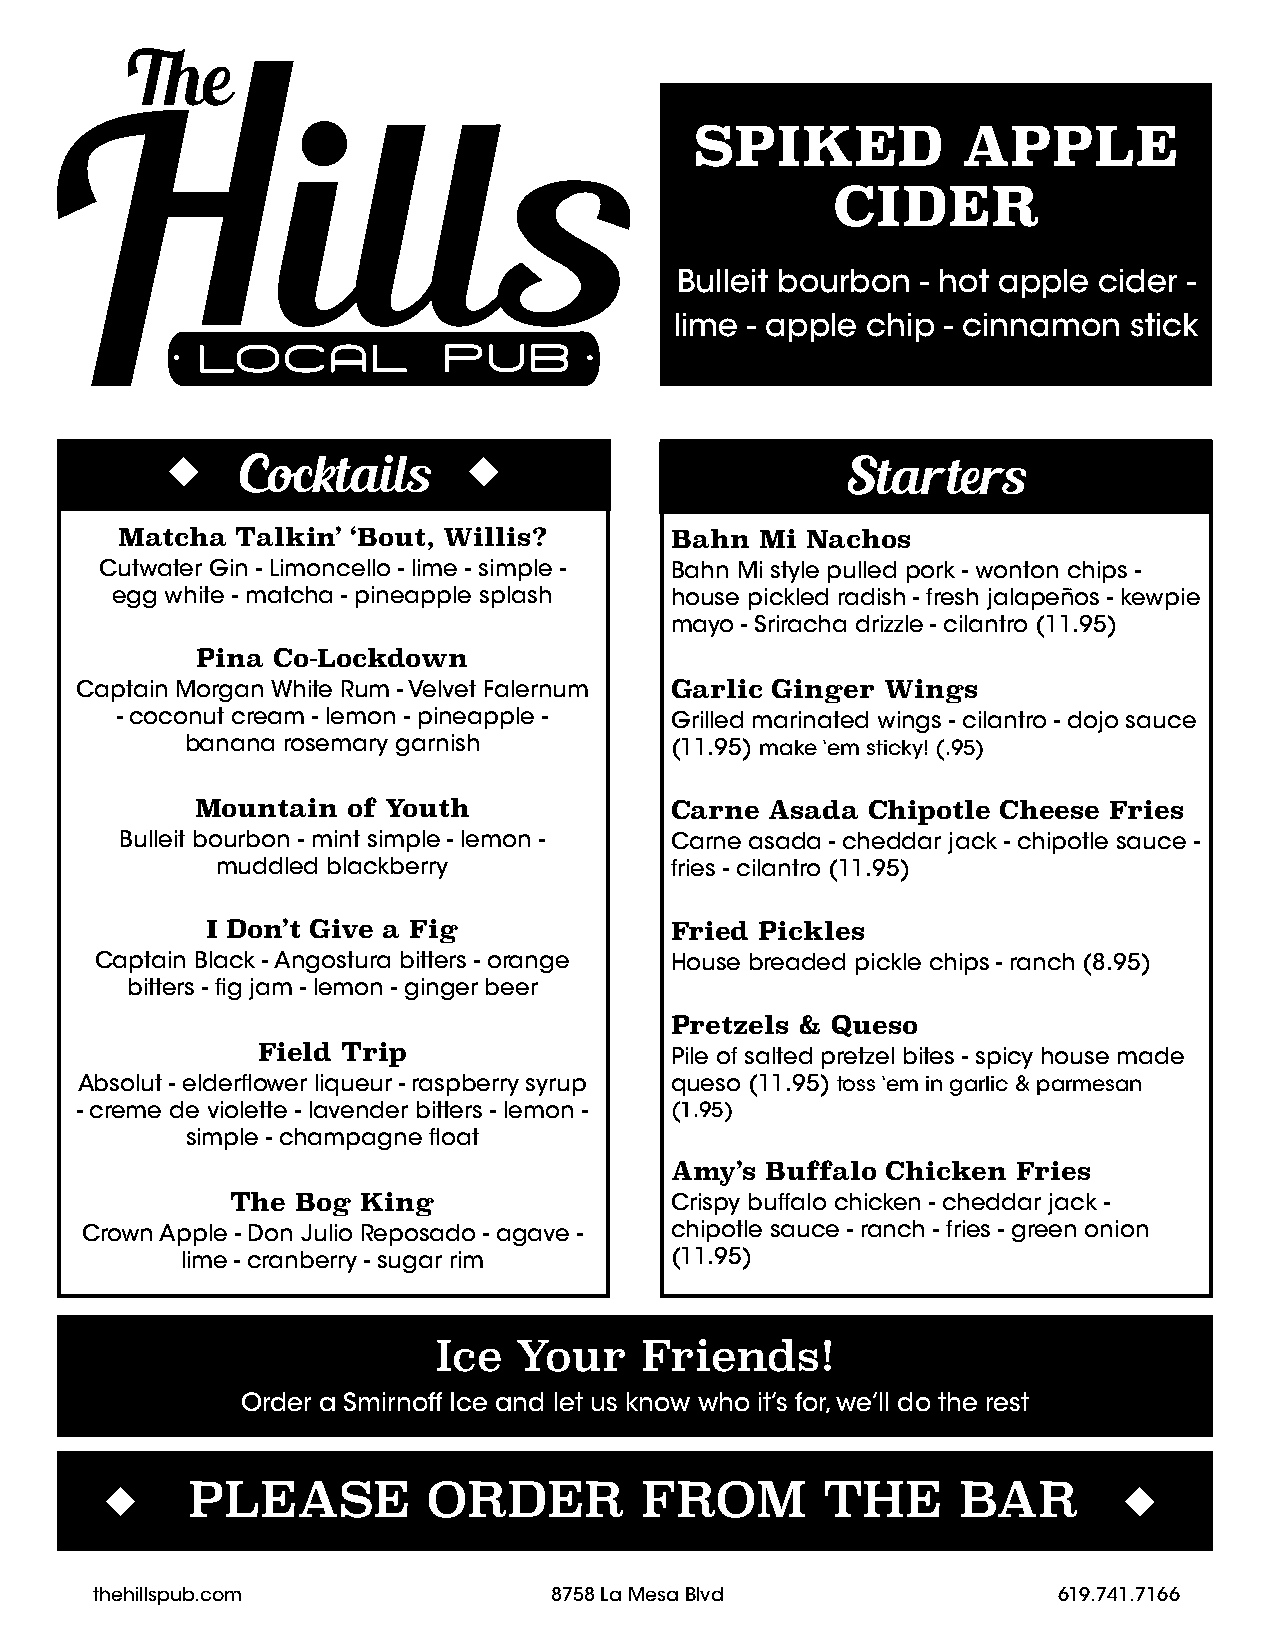
SPIKED            APPLE
 CIDER
 Bulleit bourbon - hot apple cider -
 lime - apple chip - cinnamon  stick
 Cocktails                               Starters
 Matcha  Talkin’ ‘Bout, Willis?      Bahn  Mi Nachos
 Cutwater Gin - Limoncello - lime - simple - Bahn Mi style pulled pork - wonton chips -
 egg white - matcha - pineapple splash house pickled radish - fresh jalapeños - kewpie
 mayo - Sriracha drizzle - cilantro (11.95)
 Pina Co-Lockdown
 Captain Morgan White Rum - Velvet Falernum Garlic Ginger Wings
 - coconut cream - lemon - pineapple - Grilled marinated wings - cilantro - dojo sauce
 banana rosemary garnish         (11.95) make ‘em sticky! (.95)
 Mountain  of Youth             Carne  Asada  Chipotle Cheese Fries
 Bulleit bourbon - mint simple - lemon - Carne asada - cheddar jack - chipotle sauce -
 muddled blackberry            fries - cilantro (11.95)
 I Don’t Give a Fig            Fried Pickles
 Captain Black - Angostura bitters - orange House breaded pickle chips - ranch (8.95)
 bitters - fig jam - lemon - ginger beer
 Pretzels & Queso
 Field Trip                 Pile of salted pretzel bites - spicy house made
 Absolut - elderflower liqueur - raspberry syrup queso (11.95) toss ‘em in garlic & parmesan
 - creme de violette - lavender bitters - lemon - (1.95)
 simple - champagne float
 Amy’s  Buffalo Chicken Fries
 The  Bog King                Crispy buffalo chicken - cheddar jack -
 Crown Apple - Don Julio Reposado - agave - chipotle sauce - ranch - fries - green onion
 lime - cranberry - sugar rim    (11.95)
 Ice  Your    Friends!
 Order a Smirnoff Ice and let us know who it’s for, we’ll do the rest
 PLEASE          ORDER         FROM         THE      BAR
 thehillspub.com                8758 La Mesa Blvd                619.741.7166